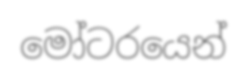
මෝටරයෙන්